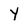
Character: y